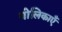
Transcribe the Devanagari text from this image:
गोलिकाएँ